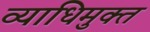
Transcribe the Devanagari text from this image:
व्याधिमुक्त